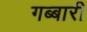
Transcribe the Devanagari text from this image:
गब्बारी